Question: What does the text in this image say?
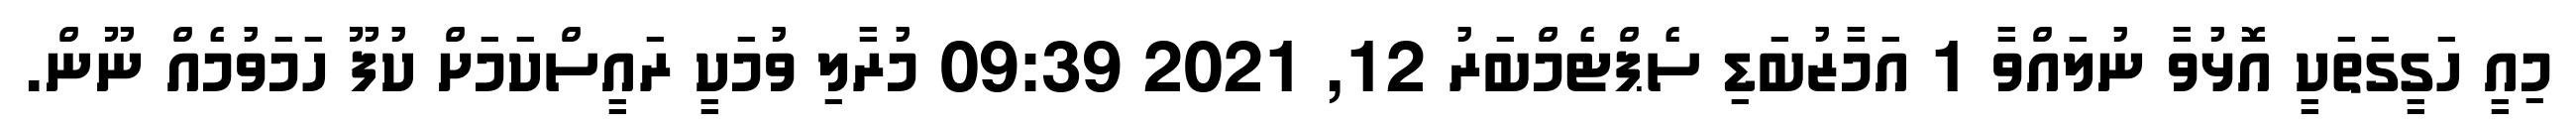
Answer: މިއީ ހަގީގަތަކީ އޮޅުވާ ނުލައްވާ 1 އަމާޒުބަޑި ސެޕްޓެމްބަރު 12, 2021 09:39 މުރާލި ވުމަކީ ރައީސްކަމަށް ކުފޫ ހަމަވުމެއް ނޫން.